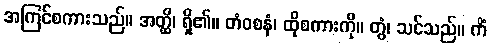
အကြင်စကားသည်။ အတ္ထိ၊ ရှိ၏။ တံဝစနံ၊ ထိုစကားကို။ တွံ၊ သင်သည်။ ကိံ